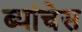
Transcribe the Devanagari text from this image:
ब्यांचेस